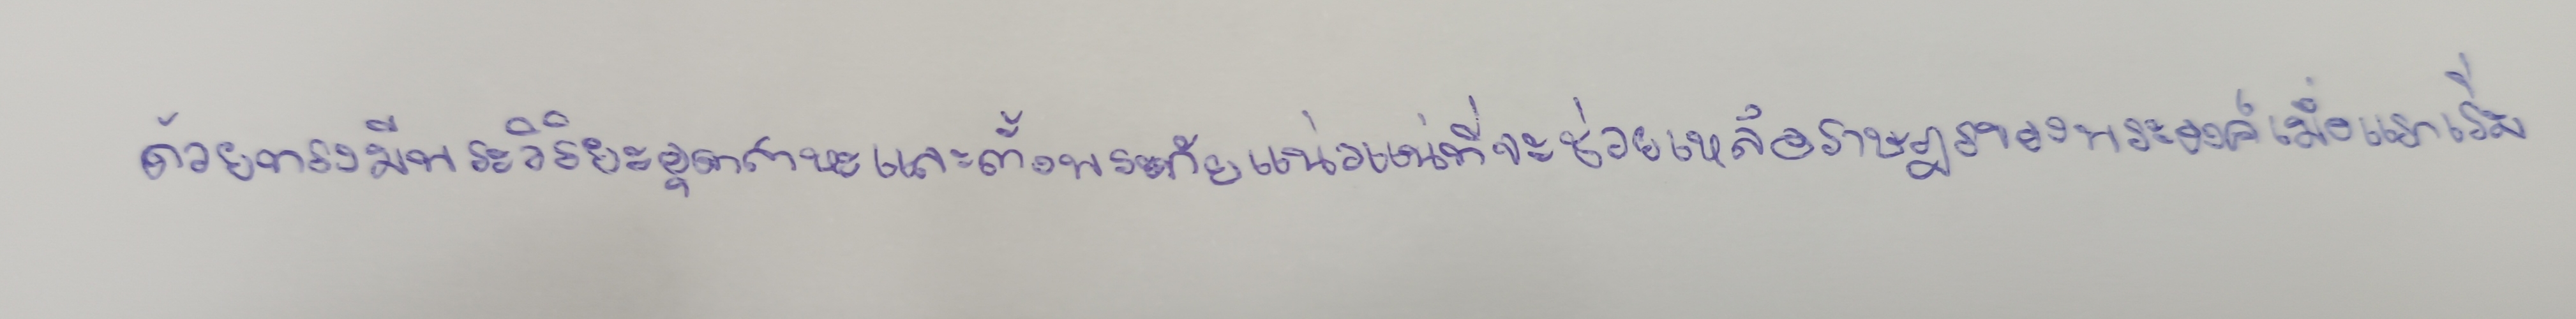
ด้วยทรงมีพระวิริยะอุตสาหะและตั้งพระทัยแน่วแน่ที่จะช่วยเหลือราษฎรของพระองค์เมื่อแรกเริ่ม